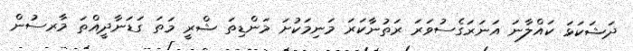
ދަޝަކަޅަ ކައްލާނަ އަނަރަގެސުވަރަ ރަތުނާކަރަ މަނިމަކުށަ މަންޑިތަ ޝްރީ މަތަ ގަޑަނާދީއްތަ މާރސުން